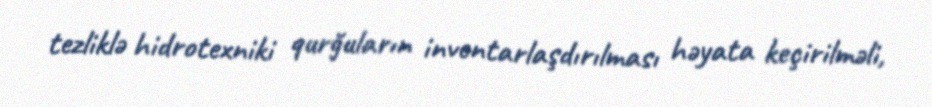
tezliklə hidrotexniki qurğuların inventarlaşdırılması həyata keçirilməli,